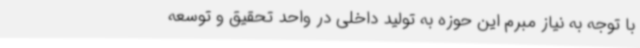
با توجه به نیاز مبرم این حوزه به تولید داخلی در واحد تحقیق و توسعه